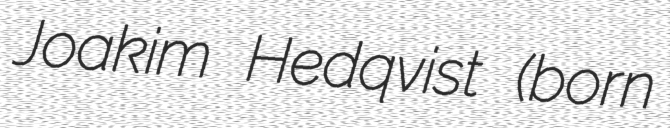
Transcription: Joakim Hedqvist (born